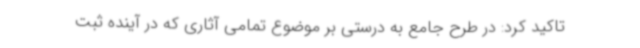
تاکید کرد: در طرح جامع به درستی بر موضوع تمامی آثاری که در آینده ثبت